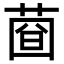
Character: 𦴄